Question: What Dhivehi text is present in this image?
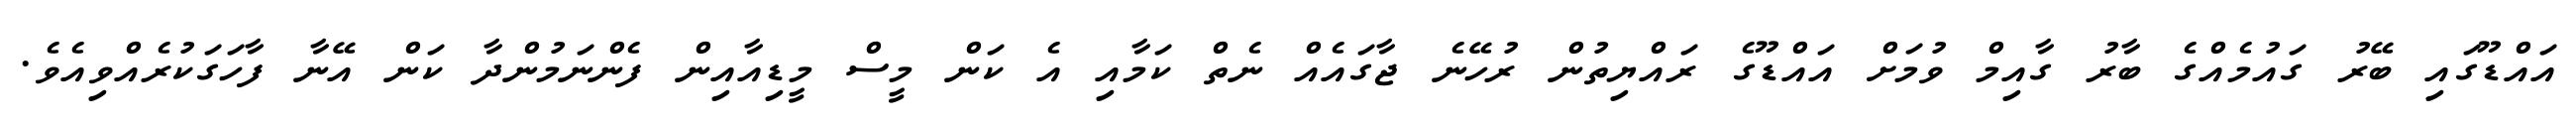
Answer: އައްޑޫގައި ބޭރު ގައުމެއްގެ ބާރު ގާއިމް ވުމަށް އައްޑޫގެ ރައްޔިތުން ރުހޭނެ ޖާގައެއް ނެތް ކަމާއި އެ ކަން މީސް މީޑިއާއިން ފެންނަމުންދާ ކަން އޭނާ ފާހަގަކުރެއްވިއެވެ.